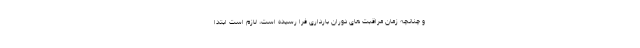
و چنانچه زمان مراقبت های دوران بارداری فرا رسیده است، لازم است ابتدا